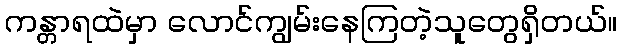
ကန္တာရထဲမှာ လောင်ကျွမ်းနေကြတဲ့သူတွေရှိတယ်။